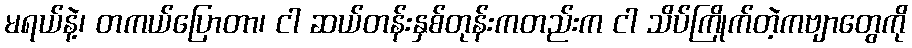
မရယ်နဲ့၊ တကယ်ပြောတာ၊ ငါ ဆယ်တန်းနှစ်တုန်းကတည်းက ငါ သိပ်ကြိုက်တဲ့ကဗျာတွေကို